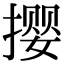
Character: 撄